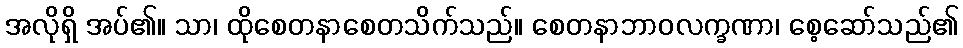
အလိုရှိ အပ်၏။ သာ၊ ထိုစေတနာစေတသိက်သည်။ စေတနာဘာဝလက္ခဏာ၊ စေ့ဆော်သည်၏